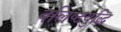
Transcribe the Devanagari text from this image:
बलिष्ठबुद्धि